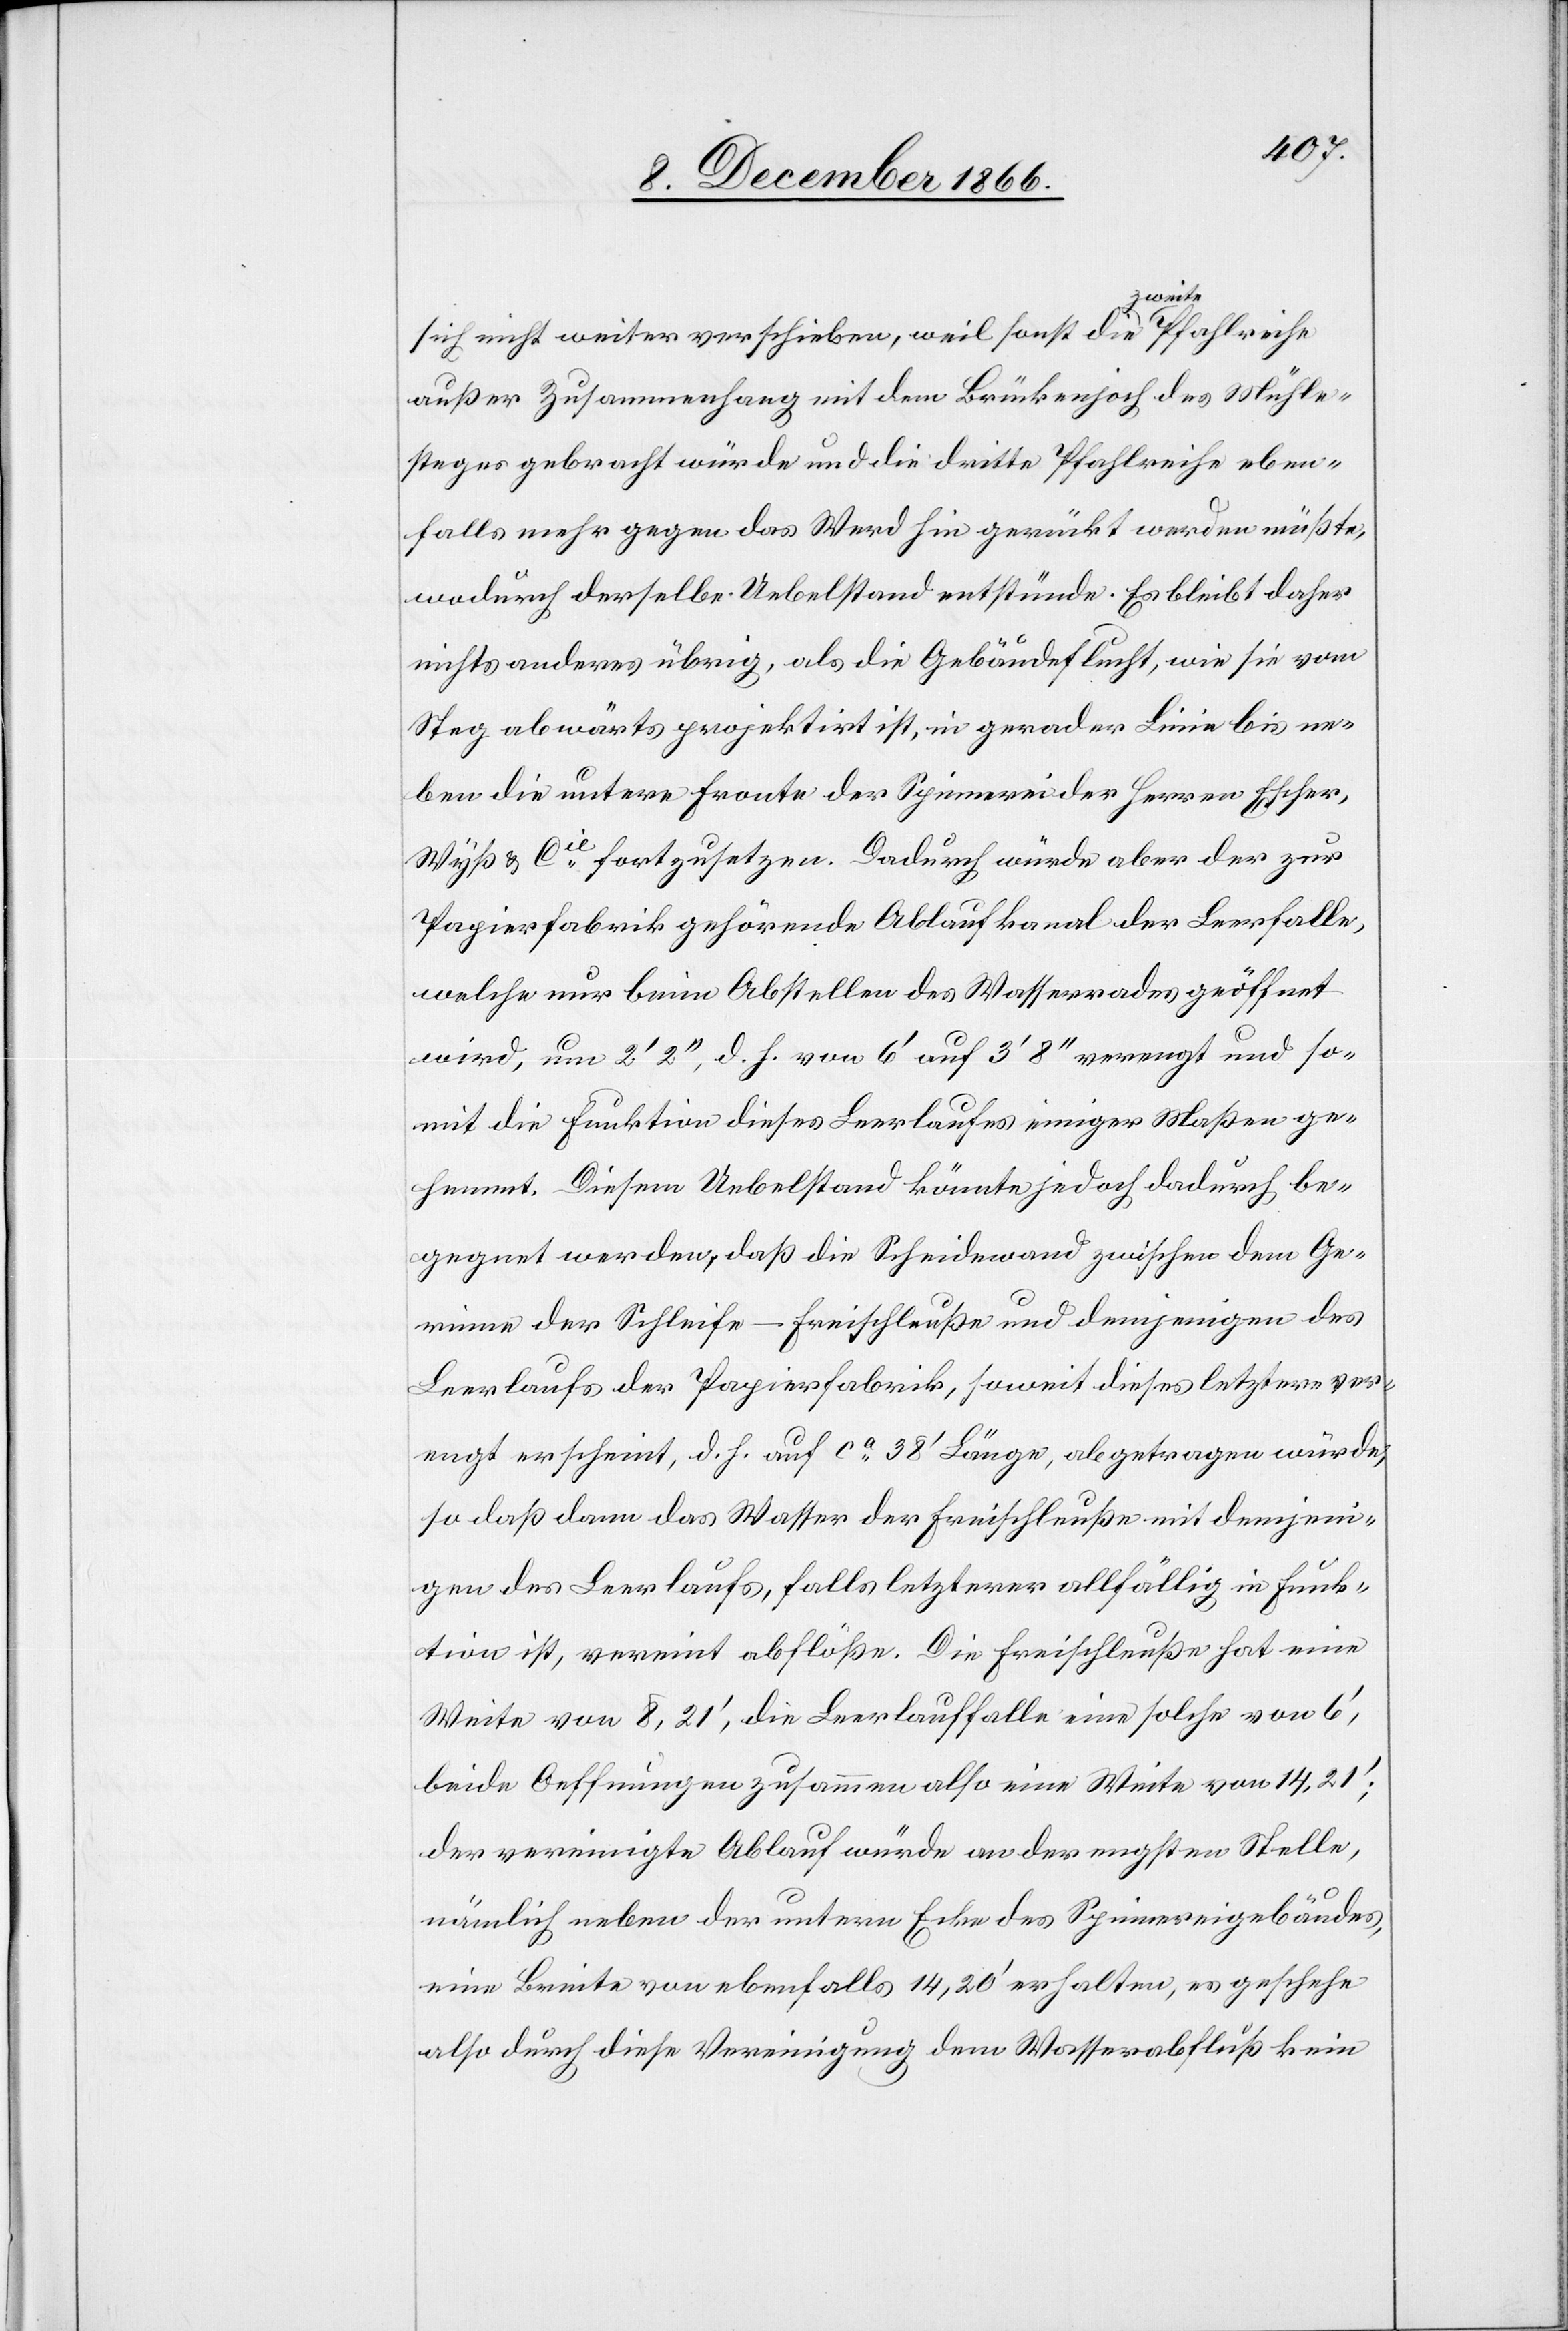
sich nicht weiter verschieben, weil sonst die zweite Pfahlreihe
außer Zusammenhang mit dem Brückenjoch des Mühle¬
steges gebracht würde und die dritte Pfahlreihe eben¬
falls mehr gegen das Werd hin gerückt werden müßte,
wodurch derselbe Uebelstand entstünde. Es bleibt daher
nichts anderes übrig, als die Gebäudeflucht, wie sie vom
Steg abwärts projektirt ist, in gerader Linie bis ne¬
ben die untere Fronte der Spinnerei der Herren Escher,
Wyß & Cie. fortzusetzen. Dadurch würde aber der zur
Papierfabrik gehörende Ablaufkanal der Leerfalle,
welche nur beim Abstellen des Wasserrades geöffnet
wird, um 2‘ 2‘‘, d. h. von 6‘ auf 3‘ 8‘‘ verengt und so¬
mit die Funktion dieses Leerlaufes einiger Maßen ge¬
hemmt. Diesem Uebelstand könnte jedoch dadurch be¬
gegnet werden, daß die Scheidewand zwischen dem Ge¬
rinne der Schleife–Freischleuße und demjenigen des
Leerlaufs der Papierfabrik, soweit dieses letztere ver¬
engt erscheint, d. h. auf ca. 38‘ Länge, abgetragen würde;
so daß dann das Wasser der Freischleuße mit demjeni¬
gen des Leerlaufs, falls letzterer allfällig in Funk¬
tion ist, vereint abflöße. Die Freischleuße hat eine
Weite von 8,21‘, die Leerlauffalle eine solche von 6‘,
beide Oeffnungen zusammen also eine Weite von 14,21‘;
der vereinigte Ablauf würde an der engsten Stelle,
nämlich neben der untern Ecke des Spinnereigebäudes,
eine Breite von ebenfalls 14,20‘ erhalten, es geschehe
also durch diese Vereinigung dem Wasserabfluß kein